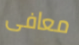
معافى